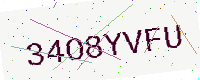
Text: 34O8YVFU